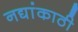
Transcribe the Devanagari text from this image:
नद्यांकाठी